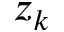
z _ { k }